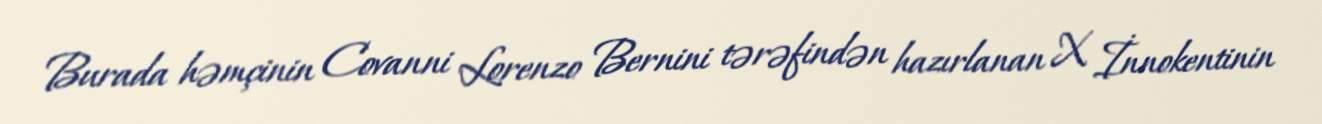
Burada həmçinin Covanni Lorenzo Bernini tərəfindən hazırlanan X İnnokentinin